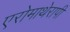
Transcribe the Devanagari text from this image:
एरोमाथेरापी